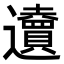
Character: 𨙋